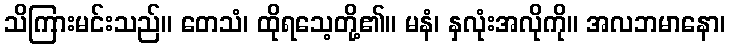
သိကြားမင်းသည်။ တေသံ၊ ထိုရသေ့တို့၏။ မနံ၊ နှလုံးအလိုကို။ အလဘမာနော၊